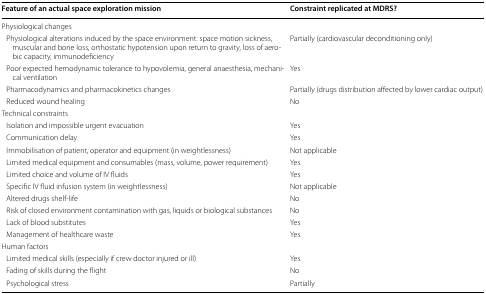
<table><thead><tr><td><b>Feature of an actual space exploration mission</b></td><td><b>Constraint replicated at MDRS?</b></td></tr></thead><tbody><tr><td colspan="2">Physiological changes</td></tr><tr><td> Physiological alterations induced by the space environment: space motion sickness, muscular and bone loss, orthostatic hypotension upon return to gravity, loss of aerobic capacity, immunodeficiency</td><td>Partially (cardiovascular deconditioning only)</td></tr><tr><td> Poor expected hemodynamic tolerance to hypovolemia, general anaesthesia, mechanical ventilation</td><td>Yes</td></tr><tr><td> Pharmacodynamics and pharmacokinetics changes</td><td>Partially (drugs distribution affected by lower cardiac output)</td></tr><tr><td> Reduced wound healing</td><td>No</td></tr><tr><td colspan="2">Technical constraints</td></tr><tr><td> Isolation and impossible urgent evacuation</td><td>Yes</td></tr><tr><td> Communication delay</td><td>Yes</td></tr><tr><td> Immobilisation of patient, operator and equipment (in weightlessness)</td><td>Not applicable</td></tr><tr><td> Limited medical equipment and consumables (mass, volume, power requirement)</td><td>Yes</td></tr><tr><td> Limited choice and volume of IV fluids</td><td>Yes</td></tr><tr><td> Specific IV fluid infusion system (in weightlessness)</td><td>Not applicable</td></tr><tr><td> Altered drugs shelf-life</td><td>No</td></tr><tr><td> Risk of closed environment contamination with gas, liquids or biological substances</td><td>No</td></tr><tr><td> Lack of blood substitutes</td><td>Yes</td></tr><tr><td> Management of healthcare waste</td><td>Yes</td></tr><tr><td colspan="2">Human factors</td></tr><tr><td> Limited medical skills (especially if crew doctor injured or ill)</td><td>Yes</td></tr><tr><td> Fading of skills during the flight</td><td>No</td></tr><tr><td> Psychological stress</td><td>Partially</td></tr></tbody></table>